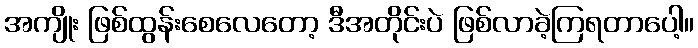
အကျိုး ဖြစ်ထွန်းစေလေတော့ ဒီအတိုင်းပဲ ဖြစ်လာခဲ့ကြရတာပေါ့။